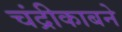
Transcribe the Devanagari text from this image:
चंद्रीकाबने